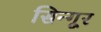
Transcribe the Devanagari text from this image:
सिन्गूर